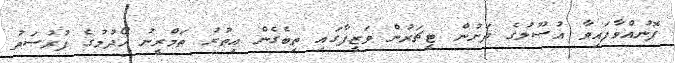
ފޮނުއްވާފައިވާ އުޞޫލުގެ ދަށުން ޓީޗަރުން ވަޒީފާގައި ތިބެގެން އިތުރު ތަމްރީނު ހޯދުމުގެ ފުރުޞަތު